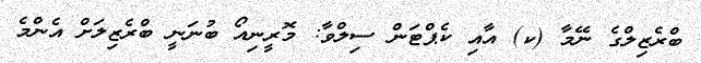
ބްރެޒިލްގެ ނޭމާ (ކ) އާއި ކެޕްޓަން ސިލްވާ: މޮރީނިއޯ ބުނަނީ ބްރެޒިލަށް އެންމެ